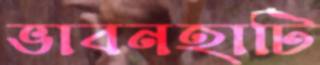
ভাবনহাটি